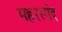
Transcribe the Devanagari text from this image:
महरस्पंद